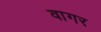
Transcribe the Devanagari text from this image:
वागर